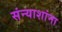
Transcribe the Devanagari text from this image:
संन्याशांना